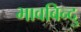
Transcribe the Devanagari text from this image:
भावबिन्दु